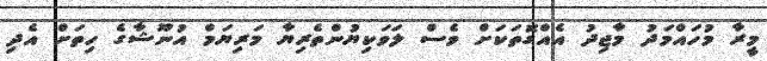
މީރާ މުހައްމަދު މާޖިދު އެއްގޮތަކަށް ވެސް ލަވަކިޔުންތެރިޔާ މަރިޔަމް އުނޫޝާގެ ހިތަށް އެދި